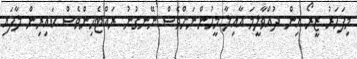
މިފަހަރު ޒީރޯ އިން ދުއްވާލީމަ އާއިލާ މީހުންނަށްވެސް ނޭނގުނު ރައްޓެހިންވެސް ކައިރިން ލާފައި